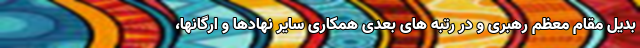
بدیل مقام معظم رهبری و در رتبه های بعدی همکاری سایر نهادها و ارگانها،